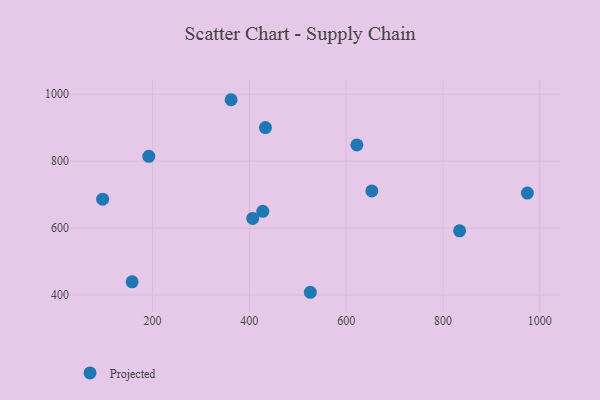
{"axis": {"x": "Distance", "y": "Fuel Efficiency"}, "legend": ["Projected"], "data": [{"x": "974.4", "y": 704.6, "type": "Projected"}, {"x": "622.2", "y": 848.4, "type": "Projected"}, {"x": "653.1", "y": 711.1, "type": "Projected"}, {"x": "427.8", "y": 650.1, "type": "Projected"}, {"x": "96.9", "y": 686.3, "type": "Projected"}, {"x": "407.0", "y": 628.7, "type": "Projected"}, {"x": "362.3", "y": 983.6, "type": "Projected"}, {"x": "526.0", "y": 408.1, "type": "Projected"}, {"x": "834.4", "y": 591.7, "type": "Projected"}, {"x": "157.8", "y": 439.3, "type": "Projected"}, {"x": "192.3", "y": 814.5, "type": "Projected"}, {"x": "433.3", "y": 900.5, "type": "Projected"}]}